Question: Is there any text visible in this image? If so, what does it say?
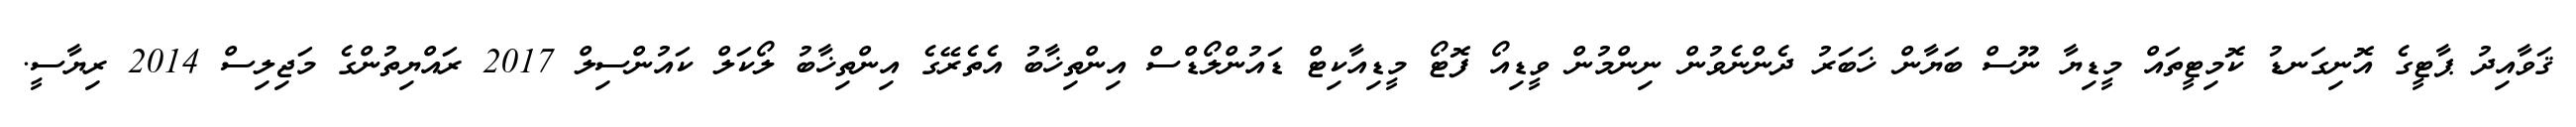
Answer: ޤަވާއިދު ޕާޓީގެ އޮނިގަނޑު ކޮމިޓީތައް މީޑިޔާ ނޫސް ބަޔާން ޚަބަރު ދެންނެވުން ނިންމުން ވީޑިއޯ ފޮޓޯ މީޑިއާކިޓް ޑައުންލޯޑްސް އިންތިޚާބު އެތެރޭގެ އިންތިޚާބު ލޯކަލް ކައުންސިލް 2017 ރައްޔިތުންގެ މަޖިލިސް 2014 ރިޔާސީ.